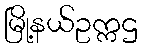
မြို့နယ်ဥက္ကဌ